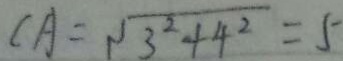
C A = \sqrt { 3 ^ { 2 } + 4 ^ { 2 } } = 5